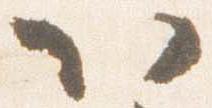
以